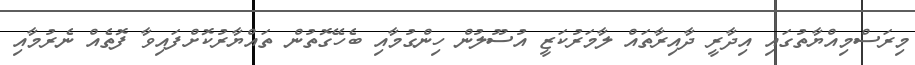
މިރަސްމިއްޔާތުގައި އިދާރީ ދާއިރާތައް ލާމަރުކަޒީ އުސޫލުން ހިންގުމާއި ބެހޭގޮތުން ތައްޔާރުކޮށްފައިވާ ފޮތެއް ނެރުމާއި